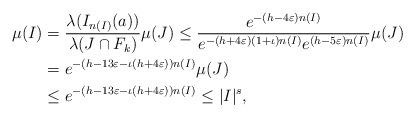
LaTeX: \begin{align*} \mu (I) &= \frac{\lambda(I_{n(I)} (a))}{\lambda(J \cap F_k)} \mu (J) \leq \frac{e^{- (h - 4 \varepsilon) n (I)}}{e^{- (h + 4 \varepsilon) (1 + \iota) n (I)} e^{(h - 5 \varepsilon) n (I)}} \mu (J) \\ &= e^{- (h - 13 \varepsilon - \iota (h + 4 \varepsilon)) n (I)} \mu (J) \\ &\leq e^{- (h - 13 \varepsilon - \iota (h + 4 \varepsilon)) n (I)} \leq |I|^s,\end{align*}